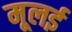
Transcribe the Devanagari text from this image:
मूलई